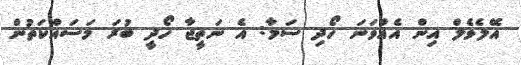
އޭލެވެލް އިން އެއްވަނަ ހޯދި ސަމާ: އެ ނަތީޖާ ހޯދީ ބުރަ މަސައްކަތުން